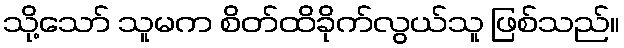
သို့သော် သူမက စိတ်ထိခိုက်လွယ်သူ ဖြစ်သည်။